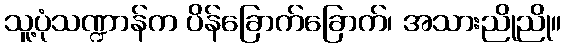
သူ့ပုံသဏ္ဍာန်က ပိန်ခြောက်ခြောက်၊ အသားညိုညို။